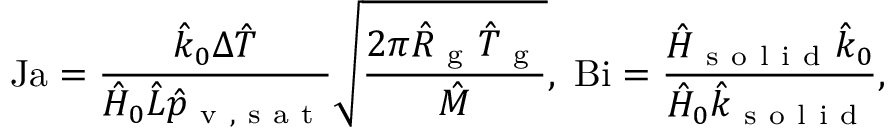
\mathrm { J a } = \frac { \hat { k } _ { 0 } \Delta \hat { T } } { \hat { H } _ { 0 } \hat { L } \hat { p } _ { \mathrm { ~ v ~ , ~ s ~ a ~ t ~ } } } \sqrt { \frac { 2 \pi \hat { R } _ { \mathrm { ~ g ~ } } \hat { T } _ { \mathrm { ~ g ~ } } } { \hat { M } } } , \ \mathrm { B i } = \frac { \hat { H } _ { \mathrm { ~ s ~ o ~ l ~ i ~ d ~ } } \hat { k } _ { 0 } } { \hat { H } _ { 0 } \hat { k } _ { \mathrm { ~ s ~ o ~ l ~ i ~ d ~ } } } ,